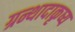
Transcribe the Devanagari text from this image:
ग्रन्थादाकृष्य